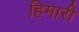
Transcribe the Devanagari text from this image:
हिमारी